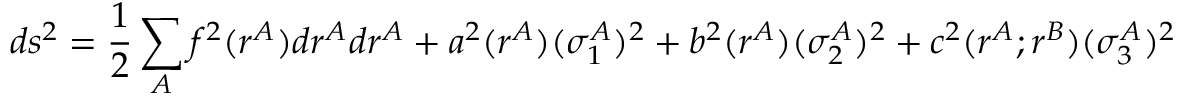
d s ^ { 2 } = \frac { 1 } { 2 } \sum _ { A } f ^ { 2 } ( r ^ { A } ) d r ^ { A } d r ^ { A } + a ^ { 2 } ( r ^ { A } ) ( \sigma _ { 1 } ^ { A } ) ^ { 2 } + b ^ { 2 } ( r ^ { A } ) ( \sigma _ { 2 } ^ { A } ) ^ { 2 } + c ^ { 2 } ( r ^ { A } ; r ^ { B } ) ( \sigma _ { 3 } ^ { A } ) ^ { 2 }